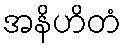
အနိဟိတံ